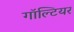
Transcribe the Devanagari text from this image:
गॉल्टियर